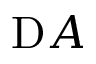
\mathrm Ḋ A Ḍ